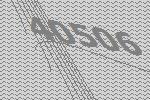
40506